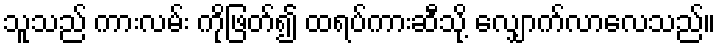
သူသည် ကားလမ်း ကိုဖြတ်၍ ထရပ်ကားဆီသို့ လျှောက်လာလေသည်။